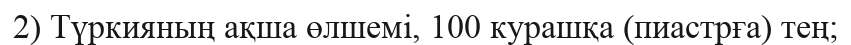
2) Түркияның ақша өлшемі, 100 курашқа (пиастрға) тең;